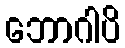
ဘောဂါပိ